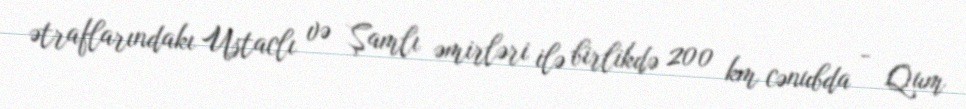
ətraflarındakı Ustaclı və Şamlı əmirləri ilə birlikdə 200 km cənubda - Qum